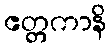
ဧတ္တကာနိ